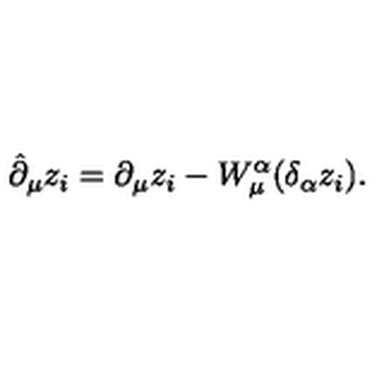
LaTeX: \hat { \partial } _ { \mu } z _ { i } = \partial _ { \mu } z _ { i } - W _ { \mu } ^ { \alpha } ( \delta _ { \alpha } z _ { i } ) .